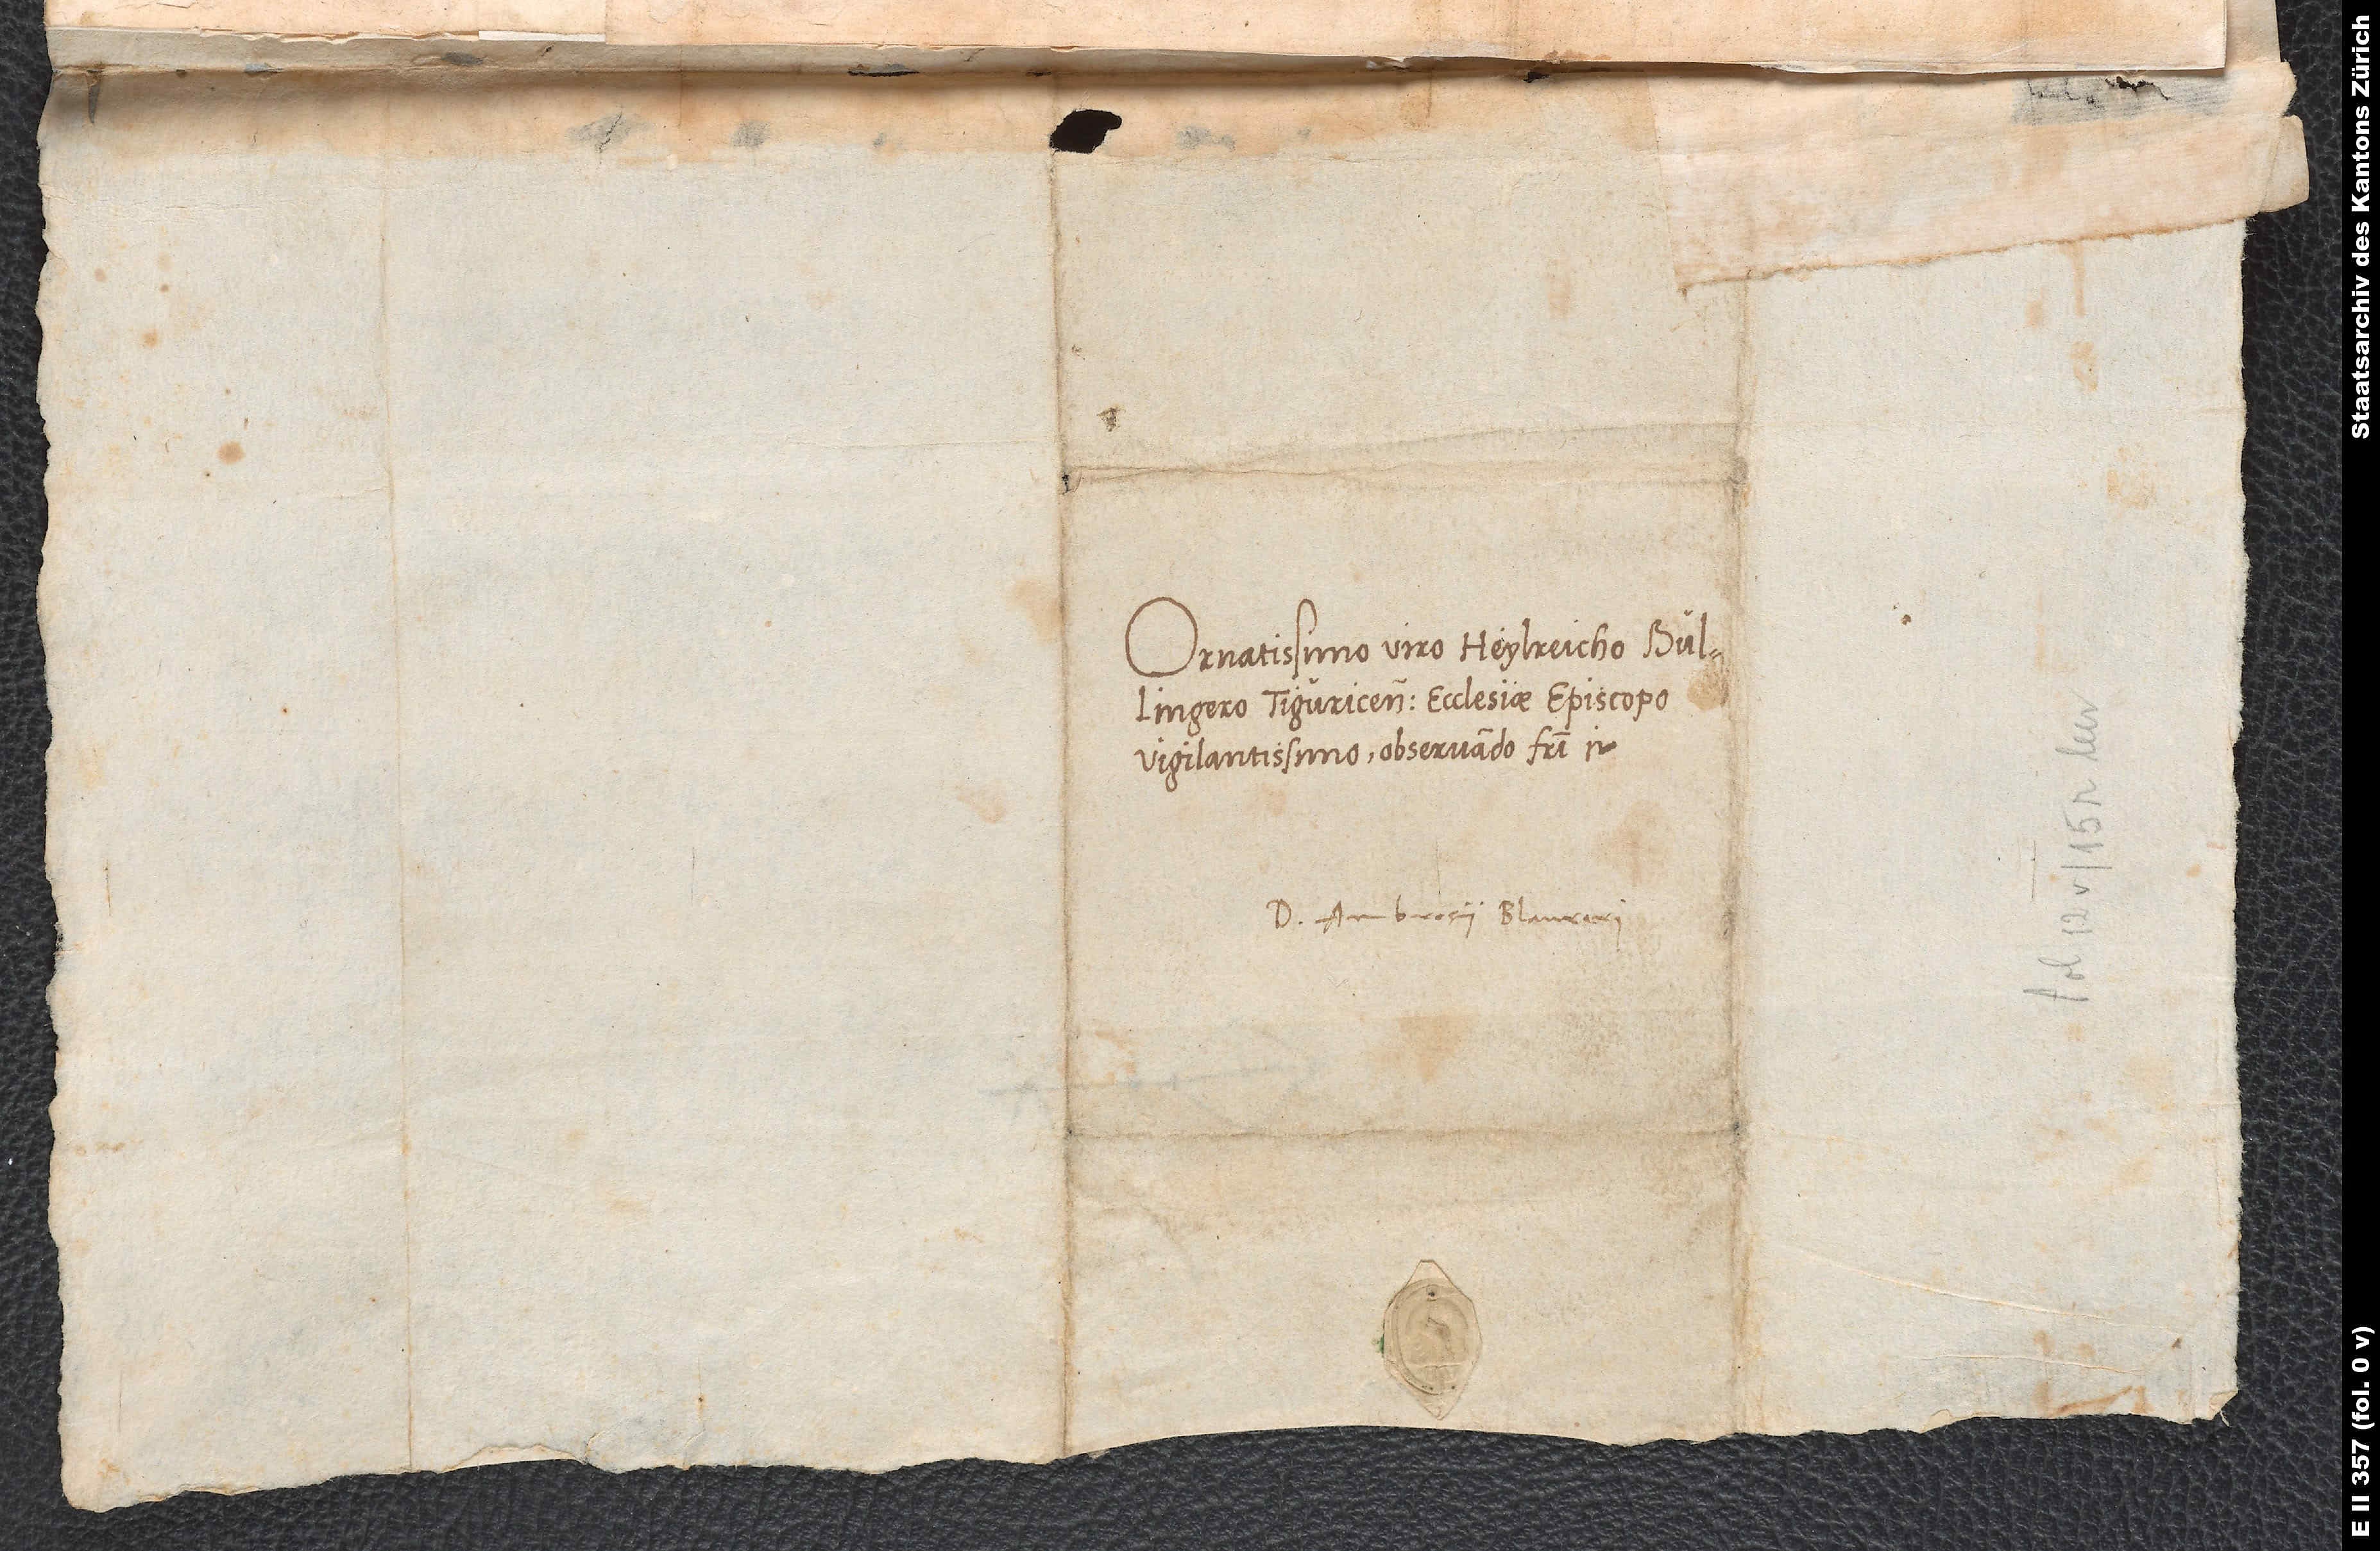
Ornatissimo viro Heylreicho Bullingero,
Tiguricensis ecclesiae episcopo
vigilantissimo, observando fratri etc.
Ambrosius Blaurerus.